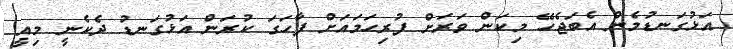
އަޅުގަނޑުމެން އެބަޖެހޭ މިކަން ވަރަށް ފުރިހަމައަށް ފާހަގަ ކުރަން އަޅުގަނޑު ދެކެނީ މިއީ